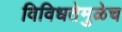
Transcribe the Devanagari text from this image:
विविधतेमुळेच